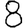
Digit: 8